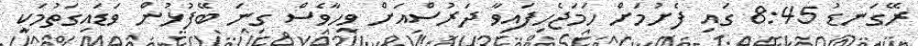
ރޭގަނޑު 8:45 ގައި ފެށުމަށް ހަމަޖެހިފައިވާ ދަރުސްއަށް ވީހާވެސް ގިނަ ބޭފުޅުން ވަޑައިގަތުމަކީ